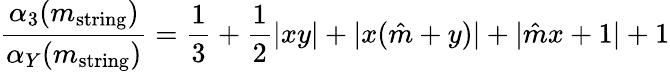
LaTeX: \frac{\alpha_{3}(m_{\mathrm{string}})}{\alpha_{Y}(m_{\mathrm{string}})}=\frac{1}{3}+\frac{1}{2}|xy|+|x(\hat{m}+y)|+|\hat{m}x+1|+1